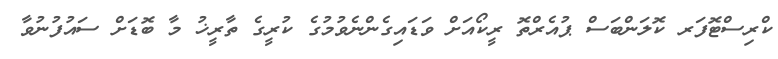
ކްރިސްޓޮފަރ ކޮލަންބަސް ޕުއެރްތޮ ރީީކޯއަށް ވަޑައިގެންނެވުމުގެ ކުރީގެ ތާރީޚު މާ ބޮޑަށް ސައުފުނުވާ